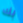
بك